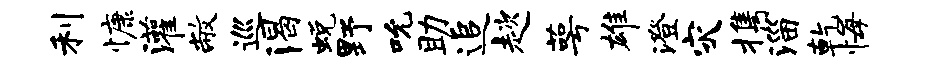
利慷灌敝巡渴蜕野吮助追趑萼雄澄灾携淄乾悔